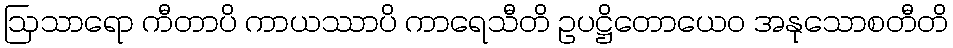
ဩသာရော ကီတာပိ ကာယဿာပိ ကာရေသီတိ ဥပဋ္ဌိတောယေဝ အနုသောစတီတိ